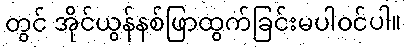
တွင် အိုင်ယွန်နစ်ဖြာထွက်ခြင်းမပါဝင်ပါ။